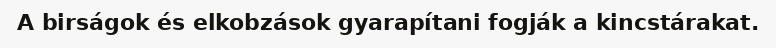
A birságok és elkobzások gyarapítani fogják a kincstárakat.